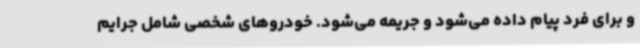
و برای فرد پیام داده می‌شود و جریمه می‌شود. خودروهای شخصی شامل جرایم